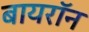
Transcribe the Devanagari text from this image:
बायरॉन